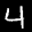
Label: 4